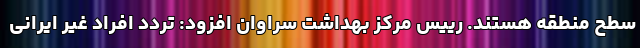
سطح منطقه هستند. رییس مرکز بهداشت سراوان افزود: تردد افراد غیر ایرانی